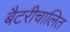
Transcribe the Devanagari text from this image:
बैटरीचालित